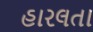
હારલતા